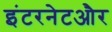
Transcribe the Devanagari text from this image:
इंटरनेटऔर